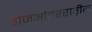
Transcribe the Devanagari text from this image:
होजेआंतरराष्ट्रीय